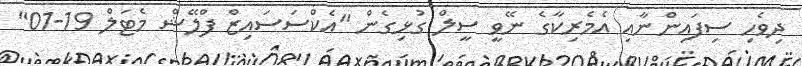
ދިވެހި ސިފައިންނާއި އެމެރިކާގެ ނޭވީ ސީލް ގުޅިގެން "އެކްސަސައިޒް ފްލޭޝް މެޓަލް 19-01"